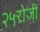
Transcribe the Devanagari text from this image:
२५रोजी